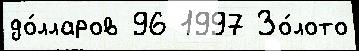
до́лларов 96 1997 Зо́лото